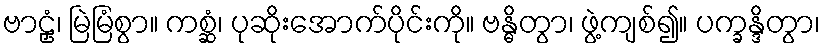
ဗာဠှံ၊ မြဲမြံစွာ။ ကစ္ဆံ၊ ပုဆိုးအောက်ပိုင်းကို။ ဗန္ဓိတွာ၊ ဖွဲ့ကျစ်၍။ ပက္ခန္ဒိတွာ၊